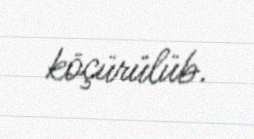
köçürülüb.